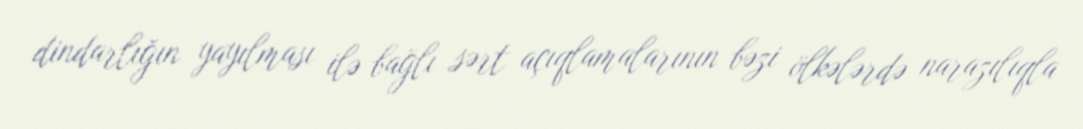
dindarlığın yayılması ilə bağlı sərt açıqlamalarının bəzi ölkələrdə narazılıqla